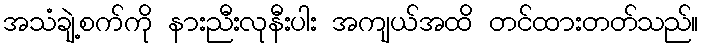
အသံချဲ့စက်ကို နားညီးလုနီးပါး အကျယ်အထိ တင်ထားတတ်သည်။